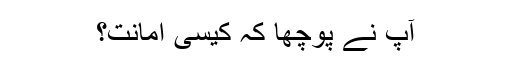
آپ نے پوچھا کہ کیسی امانت؟